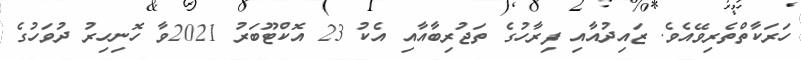
ހަރަކާތްތެރިވޭއެވެ. ޒައިދުއާއި ފިރާހުގެ ތަޖުރިބާއާއި އެކު 23 އޮކްޓޫބަރު 2021ވާ ހޮނިހިރު ދުވަހުގެ